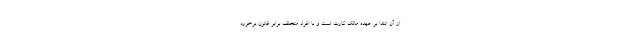
از آن ابتدا بر عهده مالک کارت است و با افراد متخلف برابر قانون برخورد